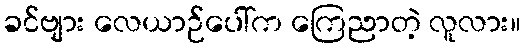
ခင်ဗျား လေယာဉ်ပေါ်က ကြေညာတဲ့ လူလား။